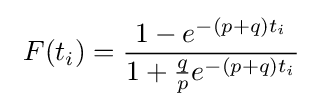
\ F(t_{i})={\frac {1-e^{-(p+q)t_{i}}}{1+{\frac {q}{p}}e^{-(p+q)t_{i}}}}